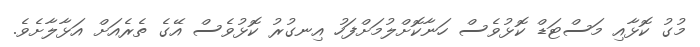
މުގު ކޮޅާއި މަސްޓަޑް ކޮޅުވެސް ހަނާކޮށްލުމަށްފަހު އިނގުރު ކޮޅުވެސް އޭގެ ތެރެއަށް އަޅާލާށެވެ.